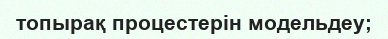
топырақ процестерін модельдеу;